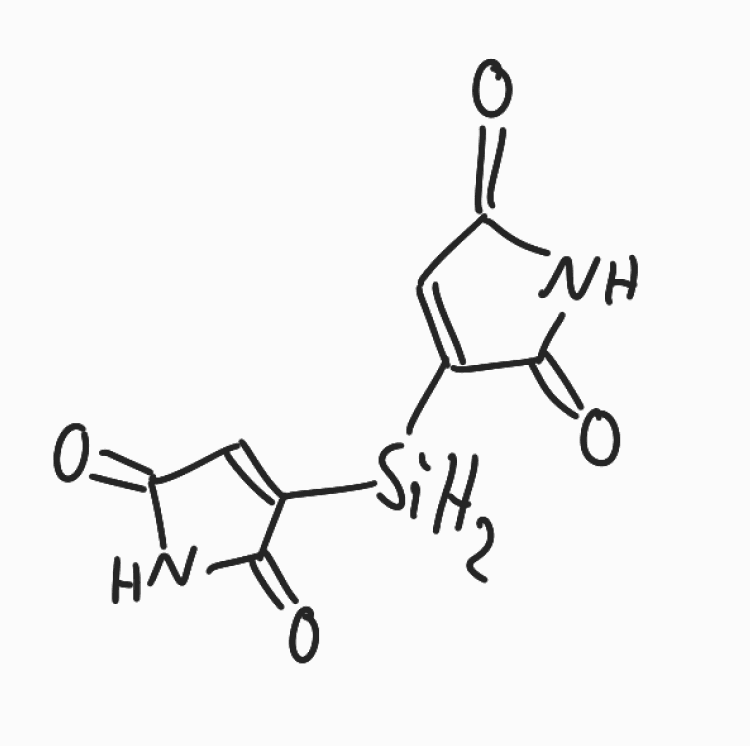
Simplified molecular-input line-entry system (SMILES) notation of the given molecule:
C1=C(C(=O)NC1=O)[SiH2]C2=CC(=O)NC2=O